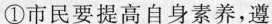
①市民要提高自身素养，遵